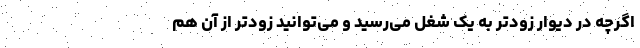
اگرچه در دیوار زودتر به یک شغل می‌رسید و می‌توانید زودتر از آن هم